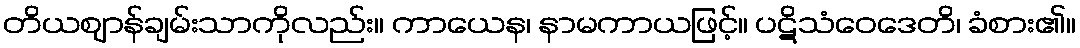
တိယဈာန်ချမ်းသာကိုလည်း။ ကာယေန၊ နာမကာယဖြင့်။ ပဋိသံဝေဒေတိ၊ ခံစား၏။